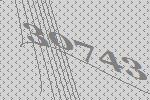
30743